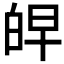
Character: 𰤖